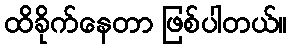
ထိခိုက်နေတာ ဖြစ်ပါတယ်။